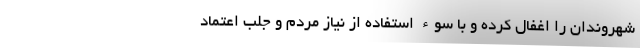
شهروندان را اغفال کرده و با سوء استفاده از نیاز مردم و جلب اعتماد